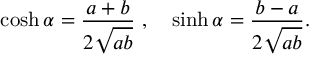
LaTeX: \cosh \alpha = \frac { a + b } { 2 \sqrt { a b } } \ , \quad \sinh \alpha = \frac { b - a } { 2 \sqrt { a b } } .